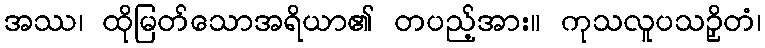
အဿ၊ ထိုမြတ်သောအရိယာ၏ တပည့်အား။ ကုသလူပသဉှိတံ၊